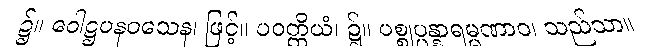
၌။ ဝေါဋ္ဌပနဝသေန၊ ဖြင့်။ ပဝတ္တိယံ၊ ၌။ ပစ္စုပ္ပန္နာရမ္မဏာဝ၊ သည်သာ။